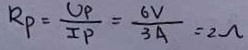
R _ { P } = \frac { U _ { P } } { I P } = \frac { 6 V } { 3 A } = 2 \Omega